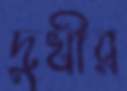
দুখীর